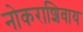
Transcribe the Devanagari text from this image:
नोकराशिवाय